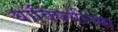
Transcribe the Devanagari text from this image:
याविषयीच्या